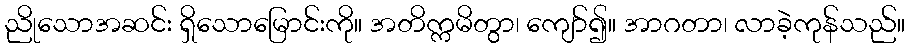
ညိုသောအဆင်း ရှိသောမြောင်းကို။ အတိက္ကမိတွာ၊ ကျော်၍။ အာဂတာ၊ လာခဲ့ကုန်သည်။